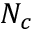
N _ { c }